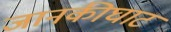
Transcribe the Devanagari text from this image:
जानकीघाट